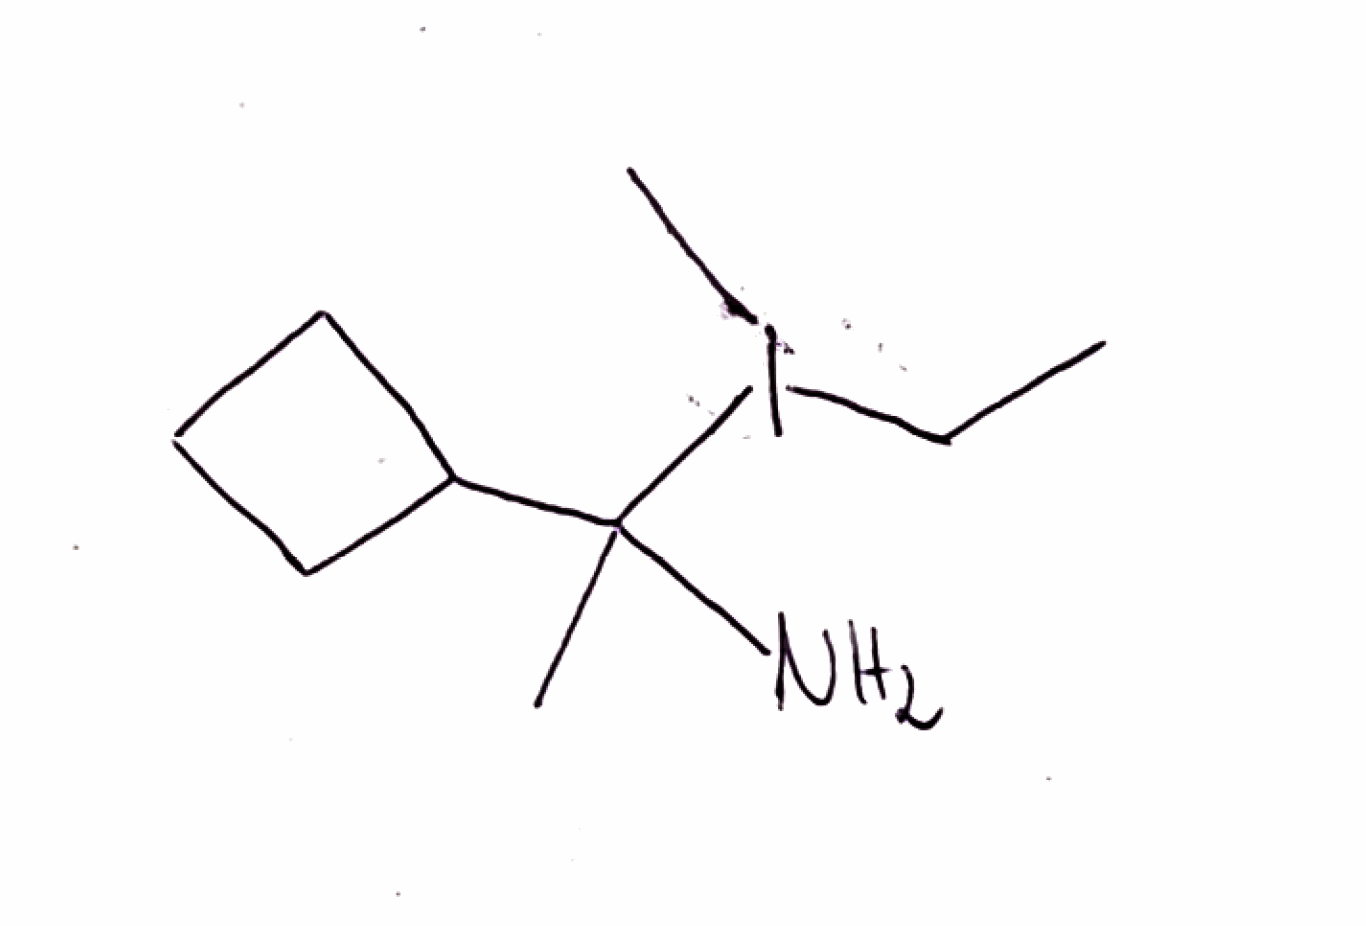
Simplified molecular-input line-entry system (SMILES) notation of the given molecule:
CCI(C)C(C)(C1CCC1)N